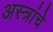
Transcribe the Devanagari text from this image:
अस्त्रांचे